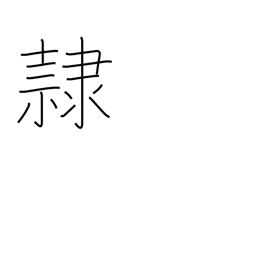
Meaning: slave